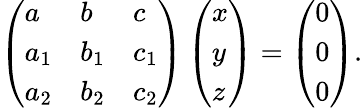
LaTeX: \left({\begin{array}{lll}{a}&{b}&{c}\\ {a_{1}}&{b_{1}}&{c_{1}}\\ {a_{2}}&{b_{2}}&{c_{2}}\end{array}}\right)\left({\begin{array}{l}{x}\\ {y}\\ {z}\end{array}}\right)=\left({\begin{array}{l}{0}\\ {0}\\ {0}\end{array}}\right).